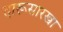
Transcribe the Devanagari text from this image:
दारूसारखा